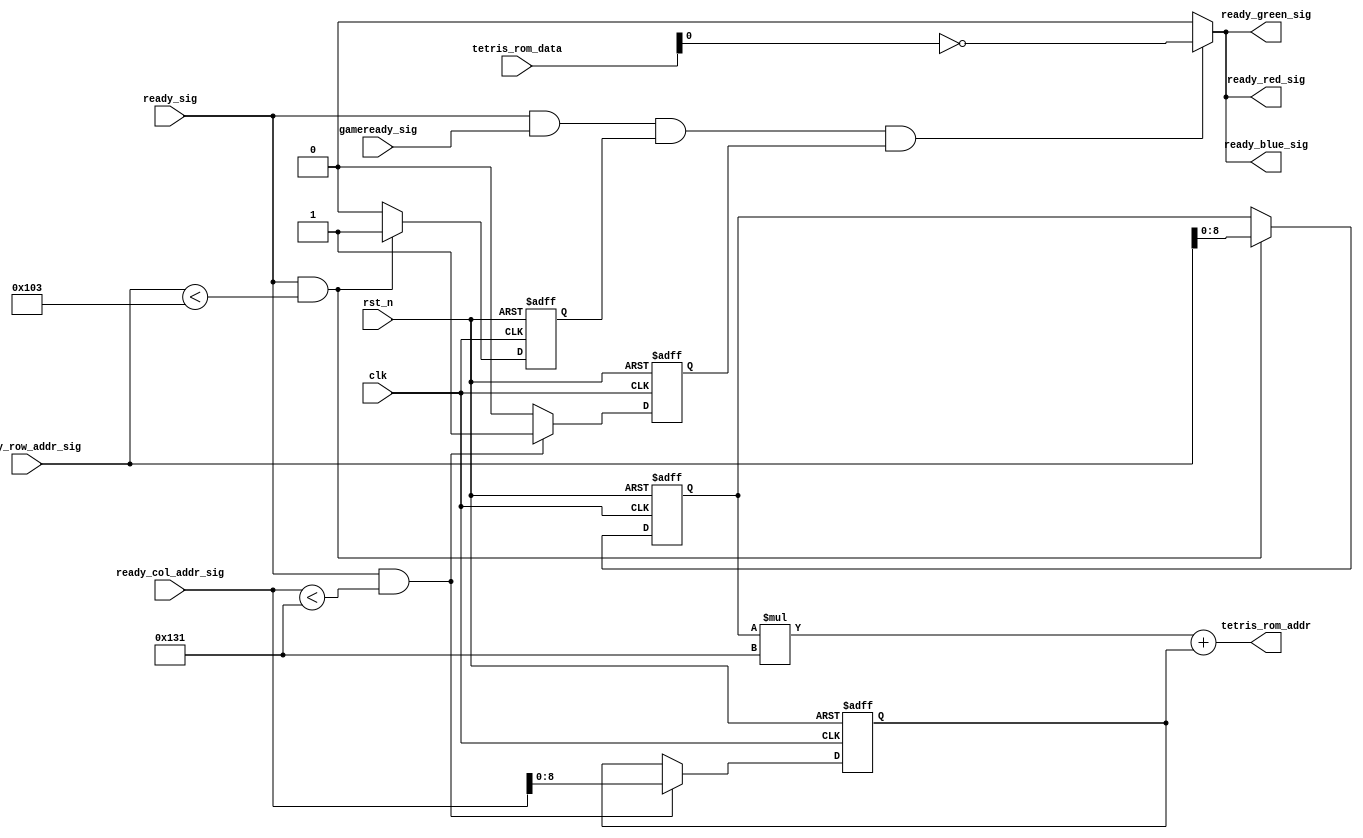
`timescale 1ns / 1ps
module start_vga_control_module
 (clk, rst_n, ready_col_addr_sig, ready_row_addr_sig, ready_sig, gameready_sig,
  tetris_rom_data, tetris_rom_addr, ready_red_sig, ready_green_sig, ready_blue_sig  
 );
 input clk;
 input rst_n;
 input[10:0] ready_col_addr_sig;
 input[10:0] ready_row_addr_sig;
 input ready_sig;
 input gameready_sig;
 input[16:0] tetris_rom_data;
 output[16:0] tetris_rom_addr;
 output ready_red_sig;
 output ready_green_sig;
 output ready_blue_sig;
 
 
 //&&&&&&&&&&&&&&&&&&&&&&&&&&&&&&&&&&&&&&&&&&&&&&&&&&&&&
 
 reg[8:0] m;
 reg m_avail;
 
 always @ ( posedge clk or negedge rst_n )
   begin
     if( !rst_n )
		begin
			m <= 9'd0;
			m_avail <= 1'd0;
		end
     else if( ready_sig && ready_row_addr_sig < 259 )
		begin
			m <= ready_row_addr_sig[8:0];
			m_avail <= 1'd1;
		end
	 else
		m_avail <= 1'd0;
   end
   
 /**************************************************/
 
 reg[8:0] n;
 reg n_avail;
 
 always @ ( posedge clk or negedge rst_n )
   begin
     if( !rst_n )
		begin
			n <= 9'd0;
			n_avail <= 1'd0;
		end
     else if( ready_sig && ready_col_addr_sig < 305 )
		begin
			n <= ready_col_addr_sig[8:0];
			n_avail <= 1'd1;
		end
	 else
		n_avail <= 1'd0;
   end
   
 /**************************************************/
 
 
 assign tetris_rom_addr = m*305 + n;
 //assign ready_red_sig = (ready_sig && gameready_sig && show_block)? tetris_rom_data[0]: 1'b0;
 //assign ready_green_sig = (ready_sig && gameready_sig && show_block)? tetris_rom_data[1]: 1'b0;
 //assign ready_blue_sig = (ready_sig && gameready_sig && show_block)? tetris_rom_data[2]: 1'b0;
 assign ready_red_sig = ( ready_sig && gameready_sig && m_avail && n_avail ) ? ~tetris_rom_data[ 0 ] : 1'b0;
 assign ready_green_sig = ( ready_sig && gameready_sig && m_avail && n_avail ) ? ~tetris_rom_data[ 0 ] : 1'b0;
 assign ready_blue_sig = ( ready_sig && gameready_sig && m_avail && n_avail ) ? ~tetris_rom_data[ 0 ] : 1'b0;
 
 /**************************************************/
 
 
 endmodule